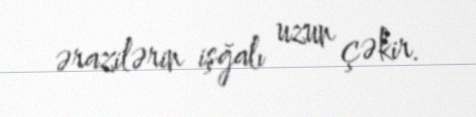
ərazilərin işğalı uzun çəkir.